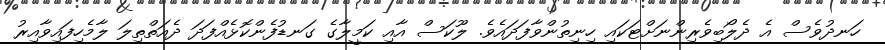
ހަނދުވެސް އެ ދެލޯބިވެރިންނަށްޓަކައި ހިނިތުންވާފަދައެވެ. ލޫކަސް އާއި ކަމީލާގެ ގަނޑުފެންކޮޅެއްފަދަ ދެއަތްތިލަ ލާމެހިފައިވާއިރު